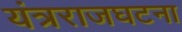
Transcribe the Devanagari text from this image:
यंत्रराजघटना